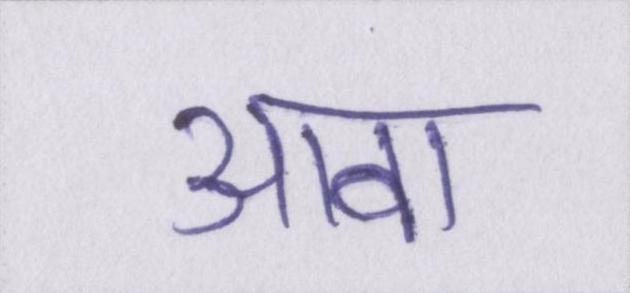
आबा